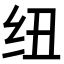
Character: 纽